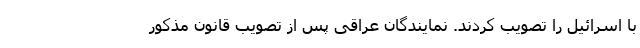
با اسرائیل را تصویب کردند. نمایندگان عراقی پس از تصویب قانون مذکور